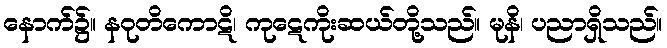
နောက်၌။ နဝုတိကောဋိ၊ ကုဋေကိုးဆယ်တို့သည်။ မုနိ၊ ပညာရှိသည်။